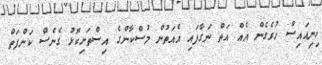
ހިނިއައިސް ހުރެގެން އެއް އަތް ނަގާފައި އެއަތުން މުސްކާންގެ އިސްތަށިކޮޅު ގެނެސް ކަންފަތް